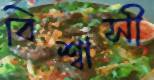
বিশ্বাসী